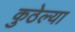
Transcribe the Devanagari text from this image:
कुठेल्या